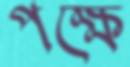
পক্ষে